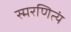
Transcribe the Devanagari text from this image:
स्मरणित्यं